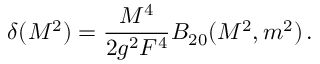
\delta ( M ^ { 2 } ) = \frac { M ^ { 4 } } { 2 g ^ { 2 } F ^ { 4 } } B _ { 2 0 } ( M ^ { 2 } , m ^ { 2 } ) \, .